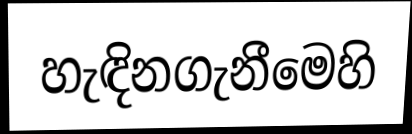
හැඳිනගැනීමෙහි